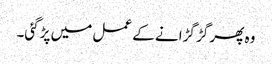
وہ پھر گڑ گڑانے کے عمل میں پڑگئی۔